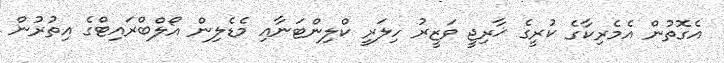
އެގޮތުން އެމެރިކާގެ ކުރީގެ ޚާރިޖީ ވަޒީރު ހިލަރީ ކްލިންޓަނާއި މެޑެލިން އޯލްބްރައިޓްގެ އިތުރުން